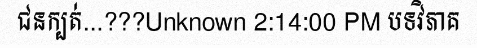
ជនក្បត់...???Unknown 2:14:00 PM បទវិភាគ